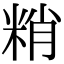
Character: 𥹶